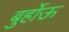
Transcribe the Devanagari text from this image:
बुर्होऊ